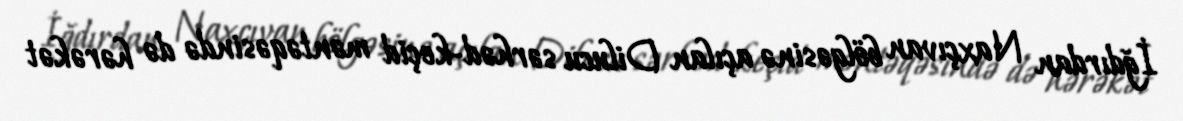
İğdırdan Naxçıvan bölgəsinə açılan Dilucu sərhəd-keçid məntəqəsində də hərəkət